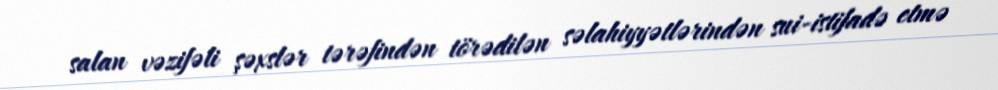
salan vəzifəli şəxslər tərəfindən törədilən səlahiyyətlərindən sui-istifadə etmə